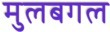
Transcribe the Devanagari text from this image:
मुलबगल